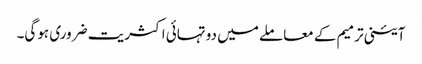
آئینی ترمیم کے معاملے میں دو تہائی اکثریت ضروری ہوگی۔